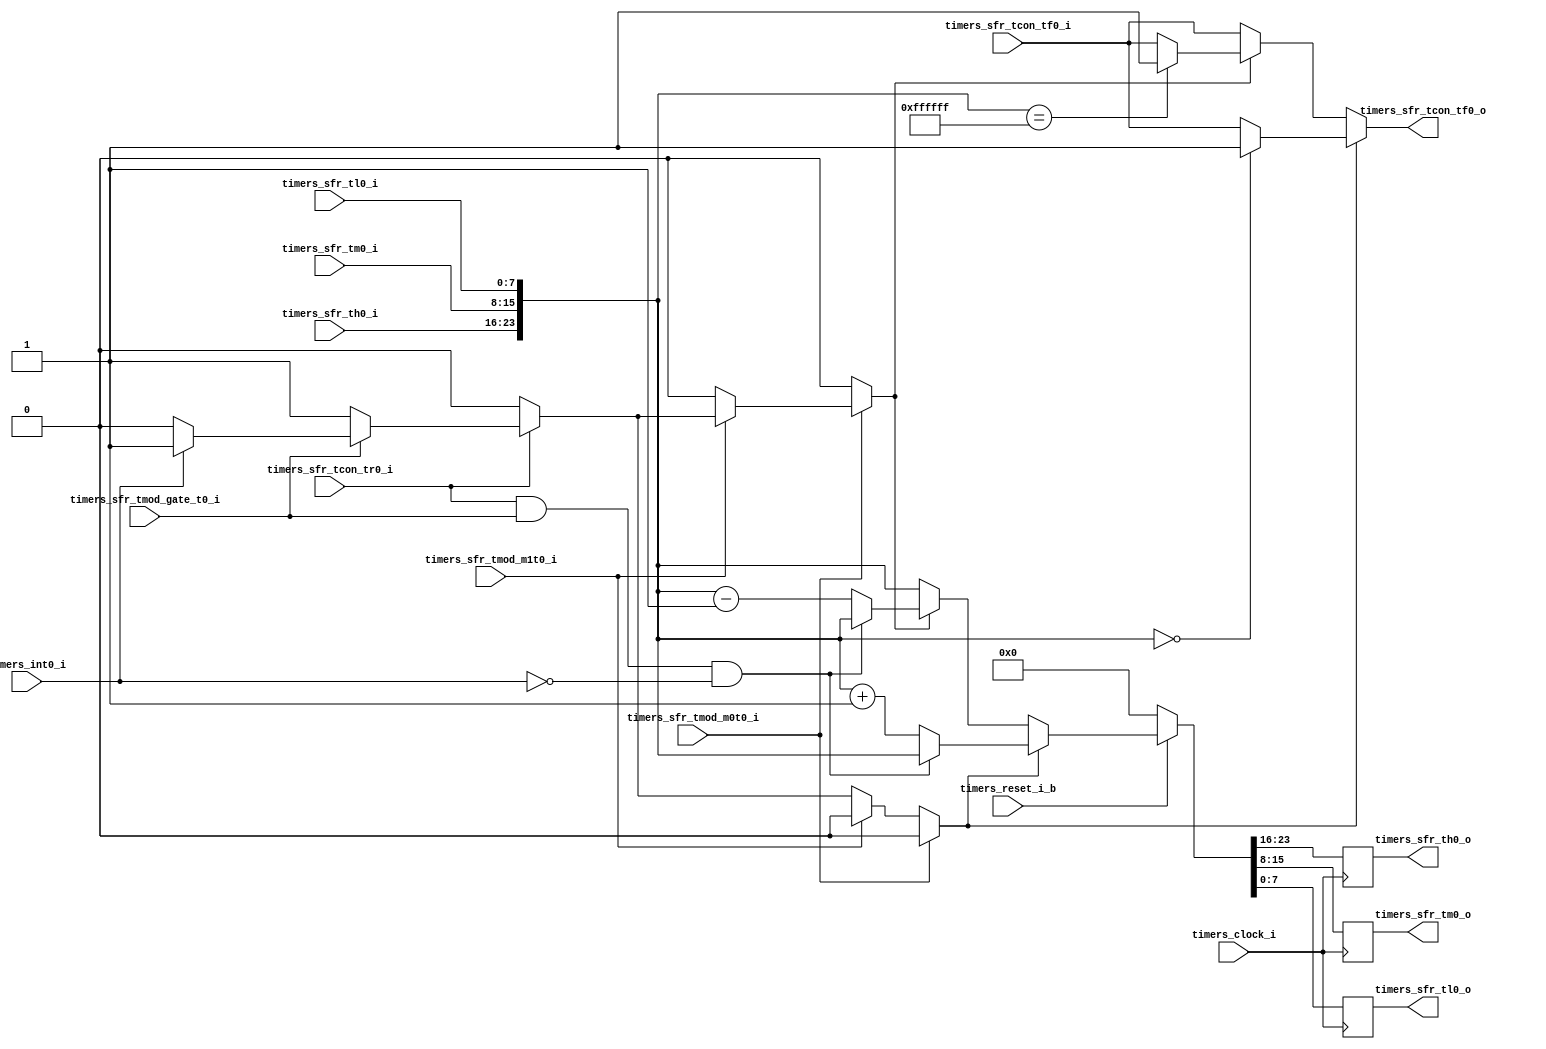
module timer0 (
                     timers_clock_i            ,
                     timers_reset_i_b          ,
                     timers_int0_i             ,
                     timers_sfr_tmod_gate_t0_i ,
                     timers_sfr_tmod_m0t0_i    ,
                     timers_sfr_tmod_m1t0_i    ,
                     timers_sfr_tcon_tr0_i     ,
                     timers_sfr_th0_i          ,
                     timers_sfr_tm0_i          ,
                     timers_sfr_tl0_i          ,
                     timers_sfr_tcon_tf0_i     ,
                     
                     timers_sfr_tcon_tf0_o     ,
                     timers_sfr_th0_o          ,
                     timers_sfr_tm0_o          ,
                     timers_sfr_tl0_o
                     
                  );  
                     
                     
                     
input       timers_sfr_tcon_tf0_i      ;
input       timers_clock_i             ;
input       timers_reset_i_b           ;
input       timers_int0_i              ;
input       timers_sfr_tmod_gate_t0_i  ;
input       timers_sfr_tmod_m0t0_i     ;
input       timers_sfr_tmod_m1t0_i     ;
input       timers_sfr_tcon_tr0_i      ;
input [7:0] timers_sfr_th0_i           ;
input [7:0] timers_sfr_tm0_i           ;
input [7:0] timers_sfr_tl0_i           ;

output reg       timers_sfr_tcon_tf0_o ;
output reg [7:0] timers_sfr_th0_o      ;
output reg [7:0] timers_sfr_tm0_o      ;
output reg [7:0] timers_sfr_tl0_o      ;

//----------------------- REGISTRADORES INTERNOS ---------------------------

   reg       incr      ,
             decr      ;

//--------------------------------------------------------------------------

always @( timers_sfr_tcon_tf0_i or 
          timers_sfr_th0_i      or 
          timers_sfr_tm0_i      or 
          timers_sfr_tl0_i      or
          incr                  or
          decr)
begin
   if(incr)
      begin
         if ({timers_sfr_th0_i,timers_sfr_tm0_i,timers_sfr_tl0_i} == 24'd0)
            timers_sfr_tcon_tf0_o = 1'b1 ;
         else
            timers_sfr_tcon_tf0_o = timers_sfr_tcon_tf0_i ;

      end
   else 
      begin
         if(decr)
            begin
               if ({timers_sfr_th0_i,timers_sfr_tm0_i,timers_sfr_tl0_i} == 24'hffffff)
                  timers_sfr_tcon_tf0_o = 1'b1 ;
               else
                  timers_sfr_tcon_tf0_o = timers_sfr_tcon_tf0_i ;
               
            end
         else
         begin
               timers_sfr_tcon_tf0_o = timers_sfr_tcon_tf0_i ;
         end
      end
end


//--------------------------------------------------------------------------




//------------------------- RESET ------------------------------------------

always @(posedge timers_clock_i)
begin
   if(!timers_reset_i_b)
      begin
         
         {timers_sfr_th0_o,
          timers_sfr_tm0_o,
          timers_sfr_tl0_o}    <= 24'd0 ;
         
                                   
      end // if(!timers_reset_i_b)
   else
   begin
      if(incr)
         begin
         
            if ( timers_sfr_tcon_tr0_i && timers_sfr_tmod_gate_t0_i && !timers_int0_i )
               begin
                  {timers_sfr_th0_o,
                   timers_sfr_tm0_o,
                   timers_sfr_tl0_o} <= {timers_sfr_th0_i,
                                         timers_sfr_tm0_i,
                                         timers_sfr_tl0_i}  ;
               end
            else
            begin
               {timers_sfr_th0_o,
                timers_sfr_tm0_o,
                timers_sfr_tl0_o} <= {timers_sfr_th0_i,
                                      timers_sfr_tm0_i,
                                      timers_sfr_tl0_i} + 1'b1 ;
            end
            
/*            if ({timers_sfr_th0_i,timers_sfr_tm0_i,timers_sfr_tl0_i} == 24'hffffff)
               timers_sfr_tcon_tf0_o <= 1'b1 ;*/
//             else
//                timers_sfr_tcon_tf0_o <= timers_sfr_tcon_tf0_i ;

         end
      else 
         begin
            if(decr)
               begin
                  if ( timers_sfr_tcon_tr0_i && timers_sfr_tmod_gate_t0_i && !timers_int0_i )
                     begin
                        {timers_sfr_th0_o,
                        timers_sfr_tm0_o,
                        timers_sfr_tl0_o} <= {timers_sfr_th0_i,
                                             timers_sfr_tm0_i,
                                             timers_sfr_tl0_i}  ;
                     end
                  else
                  begin
                     {timers_sfr_th0_o,
                     timers_sfr_tm0_o,
                     timers_sfr_tl0_o} <= {timers_sfr_th0_i,
                                          timers_sfr_tm0_i,
                                          timers_sfr_tl0_i} - 1'b1 ;
                  end
               
               
/*                  if ({timers_sfr_th0_i,timers_sfr_tm0_i,timers_sfr_tl0_i} == 24'd0)
                     timers_sfr_tcon_tf0_o <= 1'b1 ;*/
/*                  else
                     timers_sfr_tcon_tf0_o <= timers_sfr_tcon_tf0_i ;*/
                  
               end
            else
            begin
//                  timers_sfr_tcon_tf0_o <= timers_sfr_tcon_tf0_i ;
                  
                  {timers_sfr_th0_o,
                   timers_sfr_tm0_o,
                   timers_sfr_tl0_o} <= {timers_sfr_th0_i,
                                         timers_sfr_tm0_i,
                                         timers_sfr_tl0_i}  ;
            end
         end
   end
end

//--------------------------------------------------------------------------



//------------------ DECODIFICADOR DAS SAIDAS ------------------------------

always @( timers_sfr_tmod_m0t0_i    or
          timers_sfr_tmod_m1t0_i    or
          timers_sfr_tcon_tr0_i     or
          timers_sfr_tmod_gate_t0_i or
          timers_int0_i             or
          timers_sfr_th0_i          or
          timers_sfr_tm0_i          or
          timers_sfr_tl0_i
        )
begin
//------------------ MODO DE OPERACAO 0 ------------------------------------
   
   incr = 1'b0;
   decr = 1'b0;
   
   if(timers_sfr_tmod_m0t0_i)
      begin
         if(timers_sfr_tmod_m1t0_i)
            begin
               if ( timers_sfr_tcon_tr0_i )
                  begin
                     if ( timers_sfr_tmod_gate_t0_i )
                        begin
                           if ( timers_int0_i )
                              begin
                                 incr = 1'b0;
                                 decr = 1'b1;
                              end // if ( timers_int0_i )
                           else
                           begin
                              incr = 1'b0;
                              decr = 1'b0;
                           end // if ( timers_int0_i )
                        end // if ( timers_sfr_tmod_gate_t0_i )
                     else
                     begin
                        incr = 1'b0;
                        decr = 1'b1;
                     end
                  end
               else
               begin
                  incr = 1'b0;
                  decr = 1'b0;
               end
            end // if(timers_sfr_tmod_m1t0_i)
         else
         begin
            incr = 1'b0;
            decr = 1'b0;
         end
      end // if(timers_sfr_tmod_m0t0_i)
   else
   begin
      if(timers_sfr_tmod_m1t0_i)
         begin
            incr = 1'b0;
            decr = 1'b0;
         end // if(timers_sfr_tmod_m1t0_i)
      else
      begin
         if ( timers_sfr_tcon_tr0_i )
            begin
               if ( timers_sfr_tmod_gate_t0_i )
                  begin
                     if ( timers_int0_i )
                        begin
                           incr = 1'b1;
                           decr = 1'b0;
                        end // if ( timers_int0_i )
                     else
                     begin
                        incr = 1'b0;
                        decr = 1'b0;
                     end // if ( timers_int0_i )
                  end // if ( timers_sfr_tmod_gate_t0_i )
               else
               begin
                  incr = 1'b1;
                  decr = 1'b0;
               end
            end
         else
         begin
            incr = 1'b0;
            decr = 1'b0;
         end
      end
   end
end
endmodule